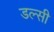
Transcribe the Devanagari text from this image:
डल्सी